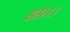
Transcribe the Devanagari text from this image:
८९।।